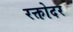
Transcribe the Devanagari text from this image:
रक्तोदर